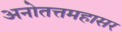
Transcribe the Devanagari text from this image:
अनोतत्तमहासर